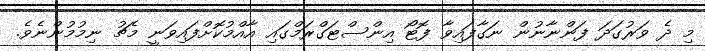
މި ދެ ވަރުގަދަ ފަންނާނުން ނަގާފައިވާ ފޮޓޯ އިންސްޓަގްރަމްގައި އާއްމުކޮށްފައިވަނީ މެޗު ނިމުމުންނެވެ.